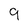
Character: 9